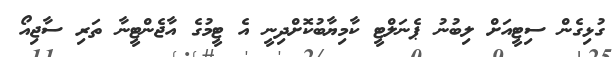
ގުޅިގެން ސިޓީއަށް ލިބުނު ޕެނަލްޓީ ކާމިޔާބުކޮށްދިނީ އެ ޓީމުގެ އާޖެންޓީނާ ތަރި ސާޖިއޯ